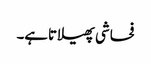
فحاشی پھیلاتاہے۔